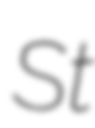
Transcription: St